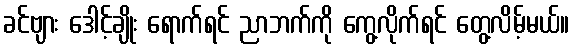
ခင်ဗျား ဒေါင့်ချိုး ရောက်ရင် ညာဘက်ကို ကွေ့လိုက်ရင် တွေ့လိမ့်မယ်။